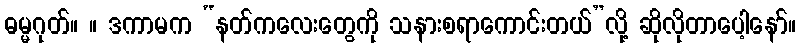
ဓမ္မဂုတ်။ ။ ဒကာမက “နတ်ကလေးတွေကို သနားစရာကောင်းတယ်”လို့ ဆိုလိုတာပေါ့နော်။